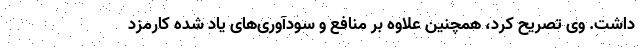
داشت. وی تصریح کرد، همچنین علاوه بر منافع و سودآوری‌های یاد شده کارمزد